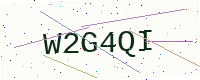
Text: W2G4QI